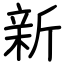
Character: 新